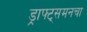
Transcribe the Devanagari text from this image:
ड्राफ्ट्‌समनचा